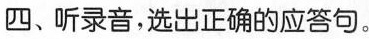
四、听录音,选出正确的应答句.